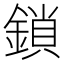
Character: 鎖